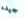
جيده